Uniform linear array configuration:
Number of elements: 4
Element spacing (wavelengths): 0.5
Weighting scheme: uniform
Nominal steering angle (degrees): -60
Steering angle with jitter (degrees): -59.209
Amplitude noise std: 0.05
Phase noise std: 0.05

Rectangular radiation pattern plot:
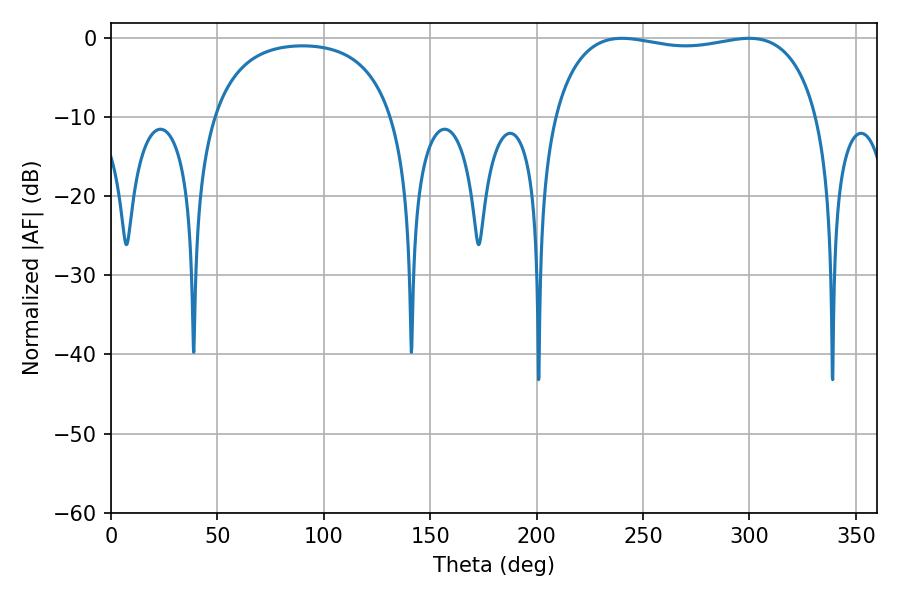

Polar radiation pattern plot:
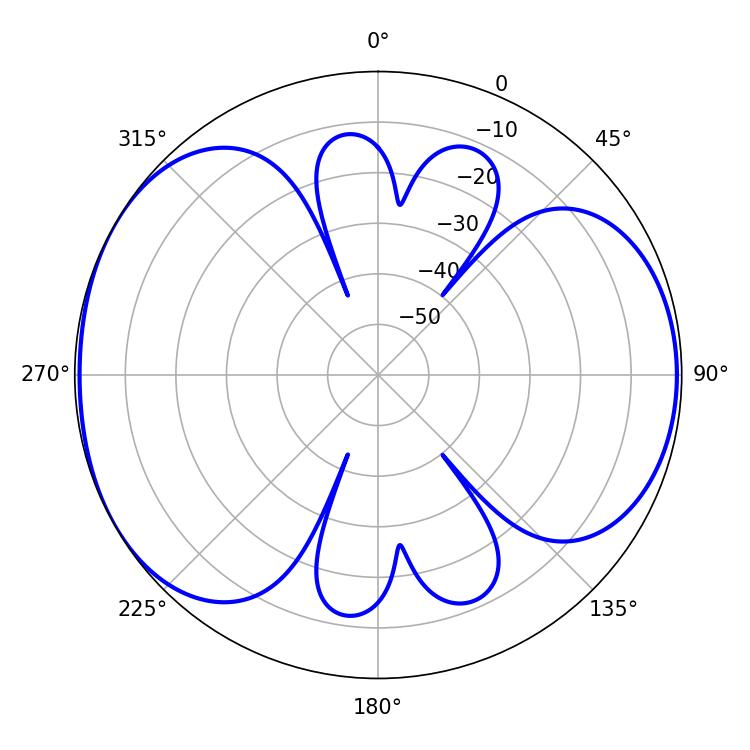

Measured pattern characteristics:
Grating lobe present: FALSE
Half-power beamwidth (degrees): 100.8
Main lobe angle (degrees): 299.88